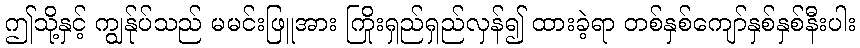
ဤသို့နှင့် ကျွန်ုပ်သည် မမင်းဖြူအား ကြိုးရှည်ရှည်လှန်၍ ထားခဲ့ရာ တစ်နှစ်ကျော်နှစ်နှစ်နီးပါး